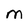
Character: M